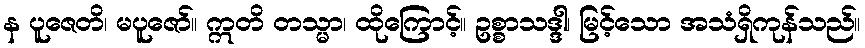
န ပူဇေတိ၊ မပူဇော်။ ဣတိ တသ္မာ၊ ထိုကြောင့်။ ဥစ္စာသဒ္ဒါ၊ မြင့်သော အသံရှိကုန်သည်။